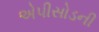
એપીસોડની